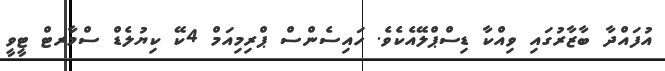
އުފައްދާ ބާޒާރުގައި ވިއްކާ ޑިސްޕްލޭއެކެވެ. ހައިސެންްސް ޕްރިމިއަމް 4ކޭ ކިޔުލެޑް ސްމާރޓް ޓީވީ